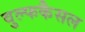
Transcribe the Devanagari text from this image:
वुल्फकैसल